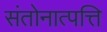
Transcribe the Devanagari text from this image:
संतोनात्पत्ति